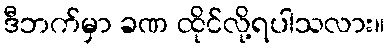
ဒီဘက်မှာ ခဏ ထိုင်လို့ရပါသလား။